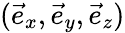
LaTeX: (\vec{e}_{x},\vec{e}_{y},\vec{e}_{z})